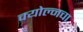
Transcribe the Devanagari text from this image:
क्योल्नचा